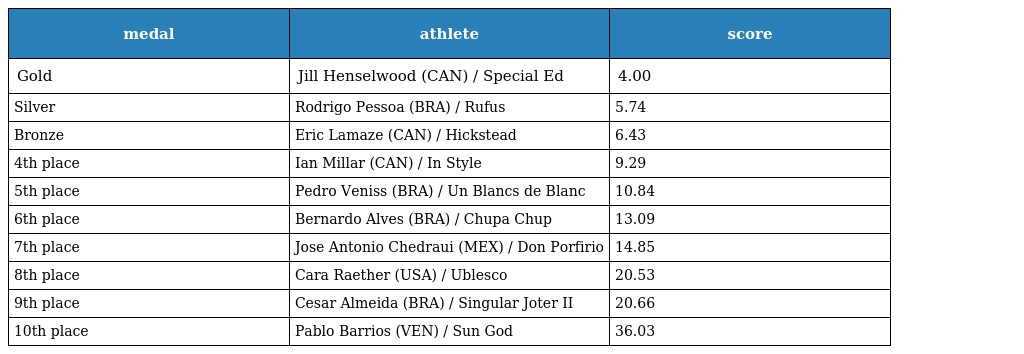
| medal | athlete | score |
 | --- | --- | --- |
 | Gold | Jill Henselwood (CAN) / Special Ed | 4.00 |
 | Silver | Rodrigo Pessoa (BRA) / Rufus | 5.74 |
 | Bronze | Eric Lamaze (CAN) / Hickstead | 6.43 |
 | 4th place | Ian Millar (CAN) / In Style | 9.29 |
 | 5th place | Pedro Veniss (BRA) / Un Blancs de Blanc | 10.84 |
 | 6th place | Bernardo Alves (BRA) / Chupa Chup | 13.09 |
 | 7th place | Jose Antonio Chedraui (MEX) / Don Porfirio | 14.85 |
 | 8th place | Cara Raether (USA) / Ublesco | 20.53 |
 | 9th place | Cesar Almeida (BRA) / Singular Joter II | 20.66 |
 | 10th place | Pablo Barrios (VEN) / Sun God | 36.03 |